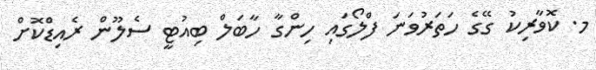
މ. ކޮވާރިކު ގޭގެ ހަތަރުވަނަ ފްލޯގައި ހިންގާ ހާބަލް ބިއުޓީ ސެލޫން ރެއިޑްކޮށް